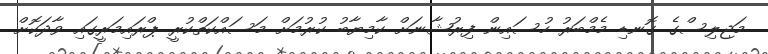
މަޖިލިސްގެ ގޮނޑި މެމްބަރު ހުސައިން ފިރުޝާނަށް ކާމިޔާބު ކުރުމަށް މަސައްކަތްކުރީ ޕްރައިމަރީގައި ވާދަކޮށް